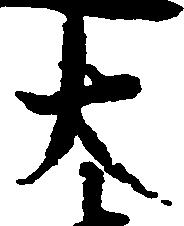
大